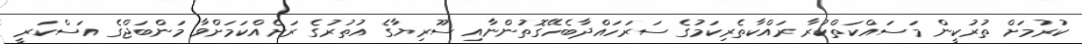
ކުރުމަށް ތުރުކީން މަސައްކަތްކުރާ ރައްކާތެރިކަމުގެ ސަރަހައްދާބެހޭގޮތުންނާއި ސޫރިޔާގެ އުތުރުގެ ރަށެއްކަމަށްވާ މަންބަޖްގެ އަސްކަރީ